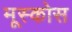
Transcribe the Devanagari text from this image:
मूस्कोस